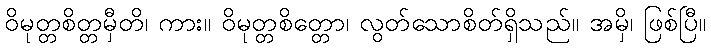
ဝိမုတ္တစိတ္တမှီတိ၊ ကား။ ဝိမုတ္တစိတ္တော၊ လွတ်သောစိတ်ရှိသည်။ အမှိ၊ ဖြစ်ပြီ။